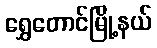
ရွှေတောင်မြို့နယ်